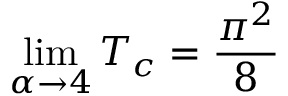
\operatorname* { l i m } _ { \alpha \to 4 } T _ { c } = \frac { \pi ^ { 2 } } { 8 }